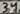
Text: 34